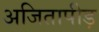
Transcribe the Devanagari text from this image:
अजितापीड़